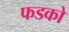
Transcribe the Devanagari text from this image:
फडको